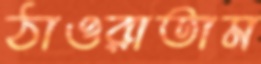
ঠাওরাতাম